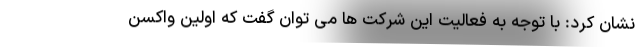
نشان کرد: با توجه به فعالیت این شرکت ها می توان گفت که اولین واکسن